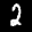
Label: 2